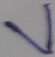
Text: V